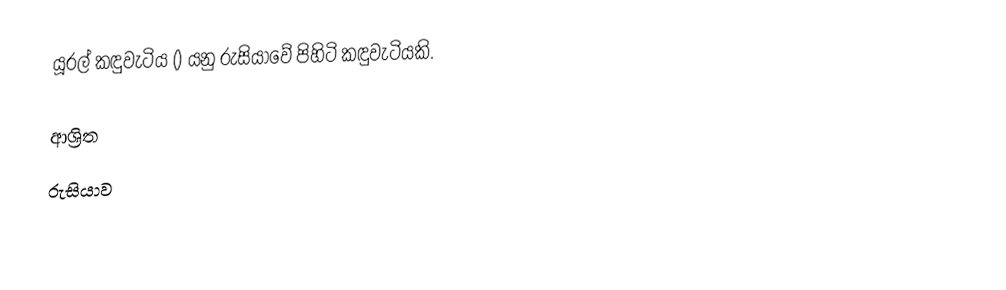
යූරල් කඳුවැටිය () යනු රුසියාවේ පිහිටි කඳුවැටියකි.

ආශ්‍රිත
 රුසියාව